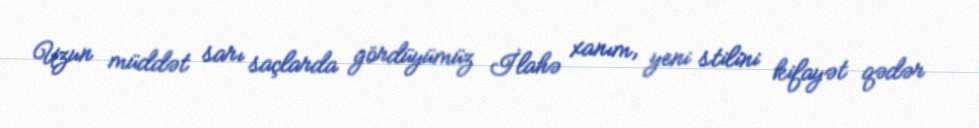
Uzun müddət sarı saçlarda gördüyümüz İlahə xanım, yeni stilini kifayət qədər